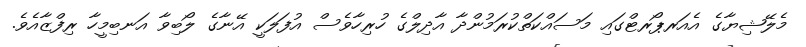
މެލޭޝިޔާގެ އެއަރޕޯރޓްގައި މަސައްކަތްކުރަމުންދާ އާދިލްގެ ހުރިހާވެސް އުފަލަކީ އޭނާގެ ލޯބިވާ އަނބިމީހާ ރިފްޒާއެވެ.